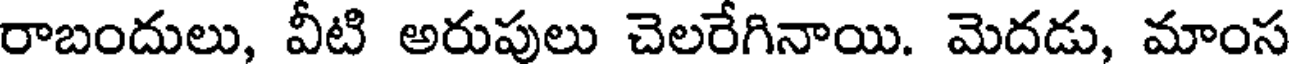
రాబందులు, వీటి అరుపులు చెలరేగినాయి. మెదడు, మాంస